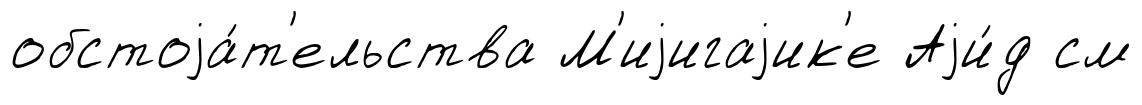
обстоjа́т'ельства М'иjигаjик'е Аjи́д см